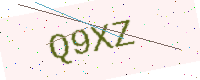
Text: Q9XZ